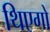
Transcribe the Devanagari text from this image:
थिएगो